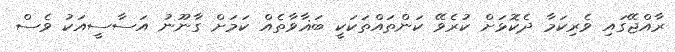
ރާއްޖޭގައި ވެރިކަމާ ދެކޮޅަށް ކުރެވޭ ކަންތައްތަކަކީ ބަޣާވާތެއް ކަމަށް ގާނޫނު އަސާސީއަކު ވެސް